Source: Handwritten
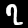
Digit: ၇ (7)